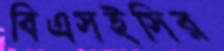
বিএসইসির